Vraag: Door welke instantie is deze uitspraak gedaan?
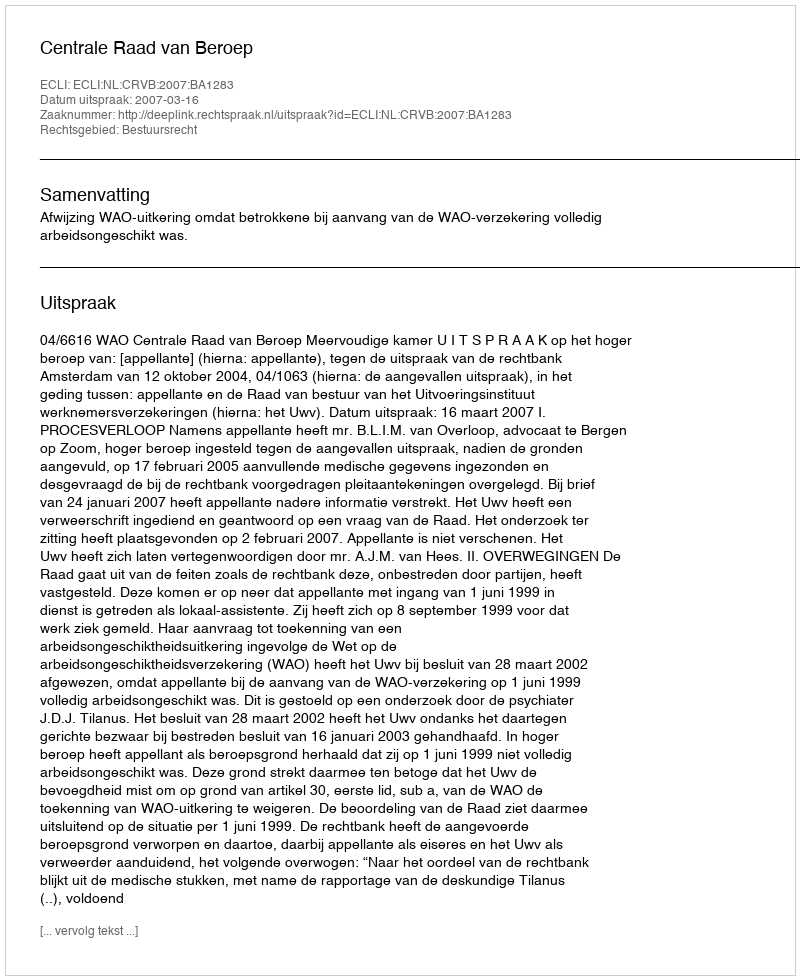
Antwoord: Centrale Raad van Beroep